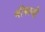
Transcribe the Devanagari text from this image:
श्रीकाजी